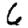
Digit: 6